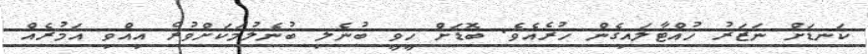
ކަނޑަށް ނަޒަރު ހުއްޓާލައިގެން ހުރެއެވެ. ބޮޑަށް ހީވީ ބުނެލި ބުނެލުމަކަށްވުރެ އިއްވި އަމުރެއް